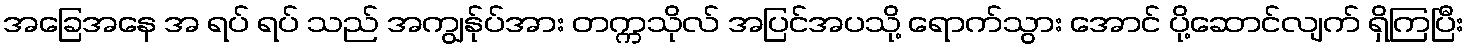
အခြေအနေ အ ရပ် ရပ် သည် အကျွန်ုပ်အား တက္ကသိုလ် အပြင်အပသို့ ရောက်သွား အောင် ပို့ဆောင်လျက် ရှိကြပြီး